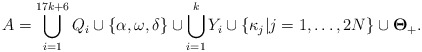
\begin{align*}A=\bigcup\limits^{17k+6}_{i=1} Q_i \cup \{ \alpha,\omega,\delta \} \cup \bigcup\limits_{i=1}^{k} Y_i \cup \{ \kappa_j | j=1,\dots,2N \} \cup \mathbf\Theta_+.\end{align*}